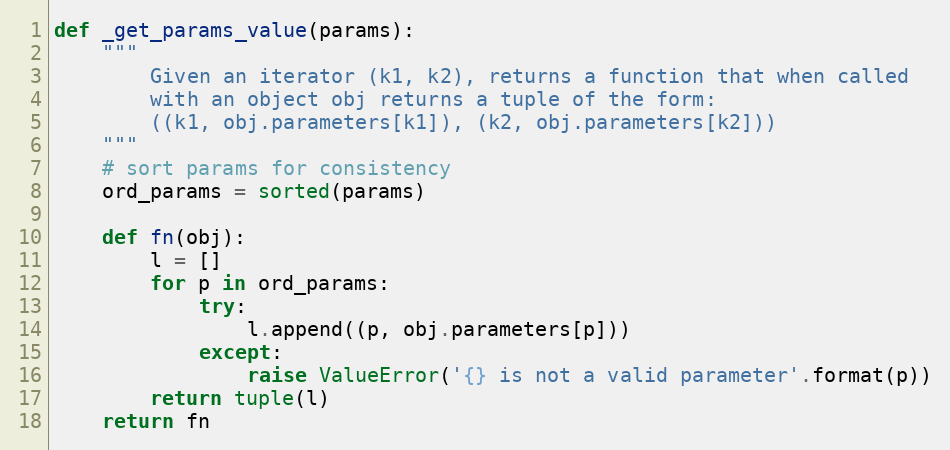
Language: Python
def _get_params_value(params):
    """
        Given an iterator (k1, k2), returns a function that when called
        with an object obj returns a tuple of the form:
        ((k1, obj.parameters[k1]), (k2, obj.parameters[k2]))
    """
    # sort params for consistency
    ord_params = sorted(params)

    def fn(obj):
        l = []
        for p in ord_params:
            try:
                l.append((p, obj.parameters[p]))
            except:
                raise ValueError('{} is not a valid parameter'.format(p))
        return tuple(l)
    return fn